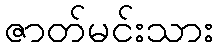
ဇာတ်မင်းသား